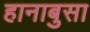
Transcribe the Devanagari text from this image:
हानाबुसा